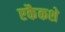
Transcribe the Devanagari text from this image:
एकैकशे